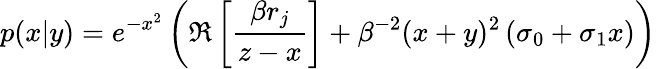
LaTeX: p(x|y)=e^{-x^{2}}\left(\Re\left[\frac{\beta r_{j}}{z-x}\right]+\beta^{-2}(x+y)^{2}\left(\sigma_{0}+\sigma_{1}x\right)\right)